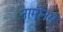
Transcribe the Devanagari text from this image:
नामोनम्